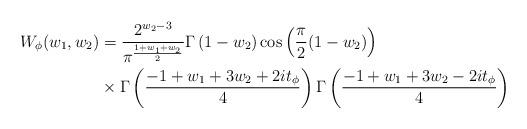
LaTeX: \begin{align*} W_\phi(w_1, w_2)&= \frac{2^{w_2-3}}{\pi^{\frac{1+w_1+w_2}{2}}}\Gamma\left(1-w_2\right)\cos\left(\frac{\pi}{2}(1-w_2)\right)\\&\times \Gamma\left(\frac{-1+w_1+3w_2 +2it_\phi}{4}\right)\Gamma\left(\frac{-1+w_1+3w_2 -2it_\phi}{4} \right)\end{align*}